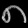
Digit: ၈